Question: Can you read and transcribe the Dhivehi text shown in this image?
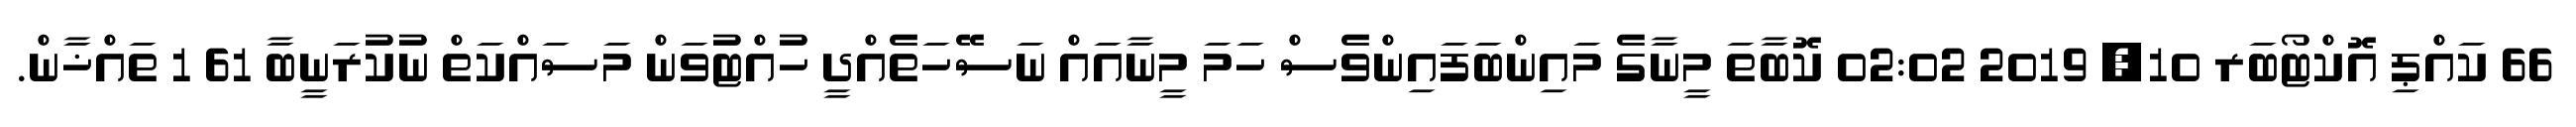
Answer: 66 ކައްޕި އޮކްޓޯބަރ 10, 2019 02:02 ކޮބާތަ މީނާގެ މައިންބަފައިންވެސް ހަމަ މީނާއައް ނަސޭހަތެއްދީ ހުއްޓުވަން މަސައްކަތް ނުކުރަނީބާ 61 1 ތައްޚާން.